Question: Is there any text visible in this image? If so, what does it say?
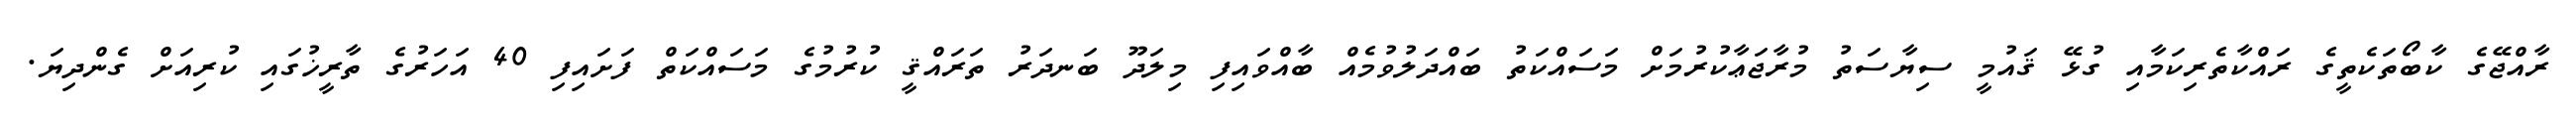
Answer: ރާއްޖޭގެ ކާބޯތަކެތީގެ ރައްކާތެރިކަމާއި ގުޅޭ ޤައުމީ ސިޔާސަތު މުރާޖަޢާކުރުމަށް މަސައްކަތު ބައްދަލުވުމެއް ބާއްވައިފި މިލަދޫ ބަނދަރު ތަރައްޤީ ކުރުމުގެ މަސައްކަތް ފަށައިފި 40 އަހަރުގެ ތާރީޚުގައި ކުރިއަށް ގެންދިޔަ.